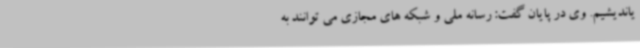
یاندیشیم. وی در پایان گفت: رسانه ملی و شبکه های مجازی می توانند به